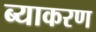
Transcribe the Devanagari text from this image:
ब्याकरण